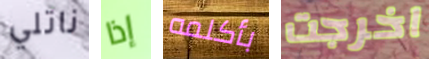
ناتلي إذا بأكلمه اخرجت